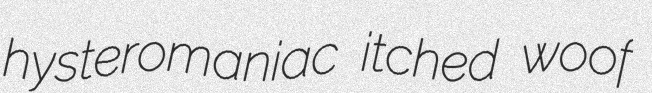
hysteromaniac itched woof